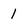
Character: 1